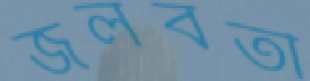
জলবতী